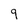
Character: 9